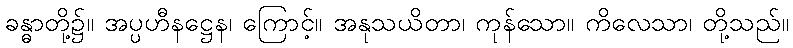
ခန္ဓာတို့၌။ အပ္ပဟီနဋ္ဌေန၊ ကြောင့်။ အနုသယိတာ၊ ကုန်သော။ ကိလေသာ၊ တို့သည်။